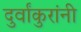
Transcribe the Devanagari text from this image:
दुर्वांकुरांनी